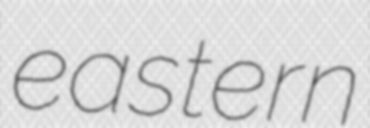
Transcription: eastern